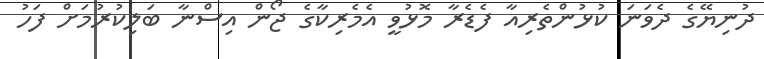
ދުނިޔޭގެ ދެވަނަ ކުޅުންތެރިއާ ފެޑެރާ މޮޅުވީ އެމެރިކާގެ ޖޯން އިސްނާ ބަލިކުރުމަށް ފަހު